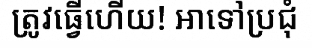
ត្រូវធ្វើហើយ! អាទៅប្រជុំ